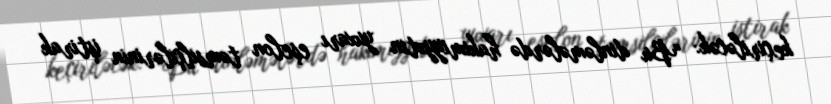
keçiriləcək: “Bu dinləmələrdə hakimiyyətin yuxarı eşelon təmsilçilərinin iştirak